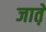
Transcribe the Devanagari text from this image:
जात़े